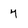
Character: 7